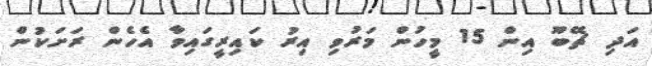
އަދި ޗޭބޫ އިން 15 މީހުން މަރުވި އިރު ކައިރީގައިވާ އެހެން ރަށަކުން